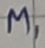
Text: M1